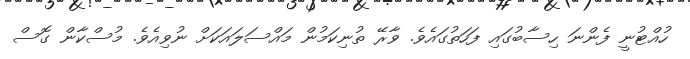
ހުއްޓުނީ ފެންނަ ހިސާބުގައި ފަހަތުގައެވެ. ވާރޭ ތުނިކަމުން މައްސަލައަކަށް ނުވިއެވެ. މުސްކާން ގޮސް